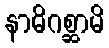
နာဓိဂစ္ဆာမိ